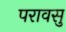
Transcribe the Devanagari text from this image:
परावसु